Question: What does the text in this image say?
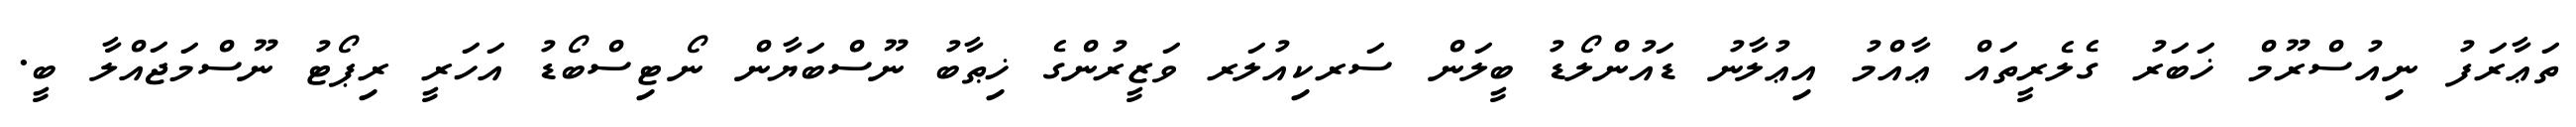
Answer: ތަޢާރަފު ނިއުސްރޫމް ޚަބަރު ގެލެރީތައް ޢާއްމު އިޢުލާނު ޑައުންލޯޑު ބީލަން ސަރކިއުލަރ ވަޒީރުންގެ ޚިޠާބު ނޫސްބަޔާން ނޯޓިސްބޯޑު އަހަރީ ރިޕޯޓު ނޫސްމަޖައްލާ ބީ.